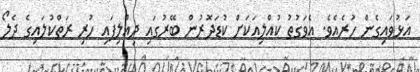
އަޅުވައިގެން ހުރެއެވެ. އެވަގުތު ކުއްލިއަކަށް ކުޑަދޮރުން ބޭރުގައި ދިއްލިފައި ހުރި ރަތްކުލައިގެ ދެލޯ